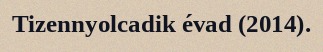
Tizennyolcadik évad (2014).